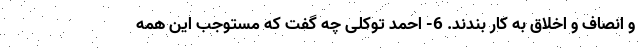
و انصاف و اخلاق به کار بندند. 6- احمد توکلی چه گفت که مستوجب این همه